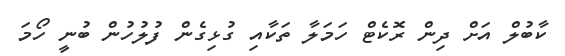
ކާބުލް އަށް ދިން ރޮކެޓް ހަމަލާ ތަކާއި ގުޅިގެން ފުލުހުން ބުނީ ހޯމަ